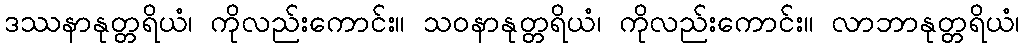
ဒဿနာနုတ္တရိယံ၊ ကိုလည်းကောင်း။ သဝနာနုတ္တရိယံ၊ ကိုလည်းကောင်း။ လာဘာနုတ္တရိယံ၊